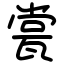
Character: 瓽